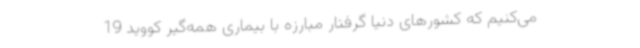
می‌کنیم که کشورهای دنیا گرفتار مبارزه با بیماری همه‌گیر کووید 19